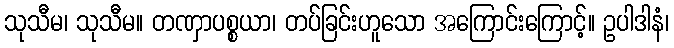
သုသီမ၊ သုသီမ။ တဏှာပစ္စယာ၊ တပ်ခြင်းဟူသော အကြောင်းကြောင့်။ ဥပါဒါနံ၊